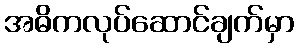
အဓိကလုပ်ဆောင်ချက်မှာ